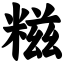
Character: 糍